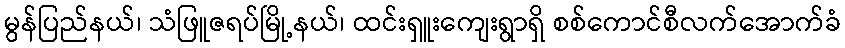
မွန်ပြည်နယ်၊ သံဖြူဇရပ်မြို့နယ်၊ ထင်းရှူးကျေးရွာရှိ စစ်ကောင်စီလက်အောက်ခံ